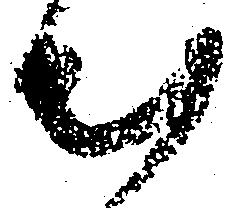
出